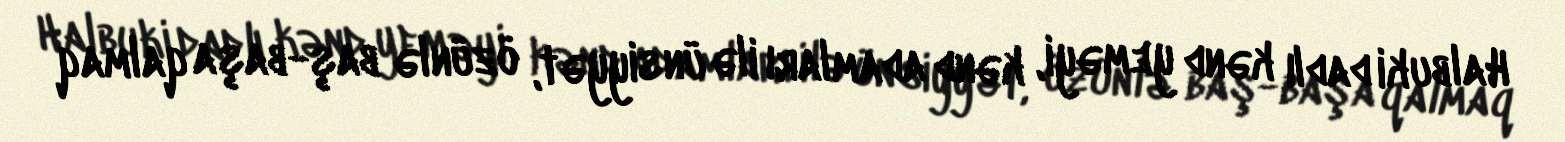
Halbuki dadlı kənd yeməyi, kənd adamları ilə ünsiyyət, özünlə baş-başa qalmaq